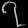
Digit: ၇